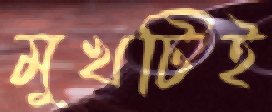
মুখটিই